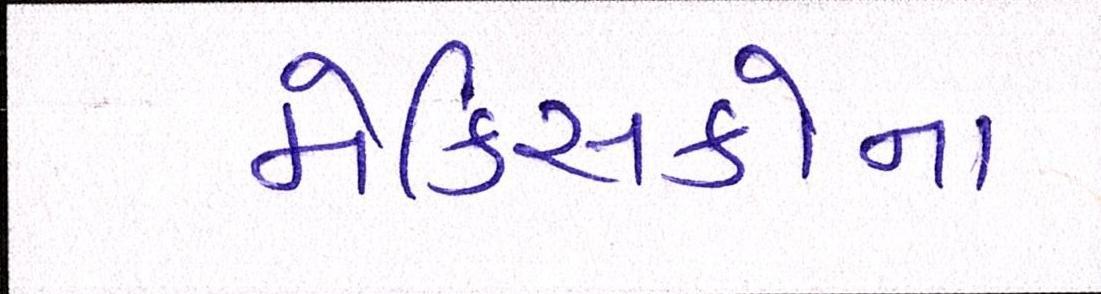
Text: મેક્સિકોના